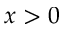
x > 0